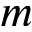
m